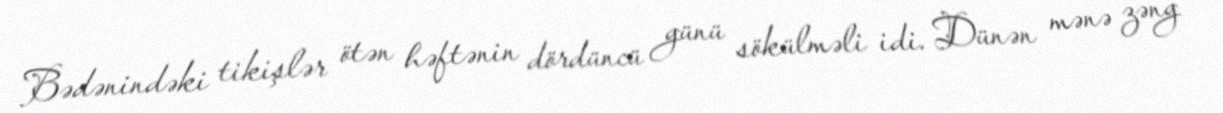
Bədənindəki tikişlər ötən həftənin dördüncü günü sökülməli idi. Dünən mənə zəng